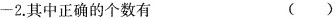
-2.其中正确的个数有 ( )